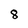
Character: 8